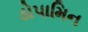
ડોપામિન